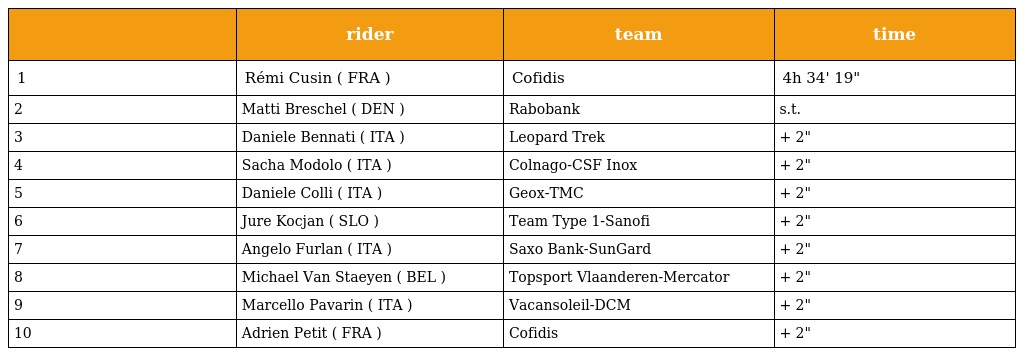
|  | rider | team | time |
 | --- | --- | --- | --- |
 | 1 | Rémi Cusin ( FRA ) | Cofidis | 4h 34' 19" |
 | 2 | Matti Breschel ( DEN ) | Rabobank | s.t. |
 | 3 | Daniele Bennati ( ITA ) | Leopard Trek | + 2" |
 | 4 | Sacha Modolo ( ITA ) | Colnago-CSF Inox | + 2" |
 | 5 | Daniele Colli ( ITA ) | Geox-TMC | + 2" |
 | 6 | Jure Kocjan ( SLO ) | Team Type 1-Sanofi | + 2" |
 | 7 | Angelo Furlan ( ITA ) | Saxo Bank-SunGard | + 2" |
 | 8 | Michael Van Staeyen ( BEL ) | Topsport Vlaanderen-Mercator | + 2" |
 | 9 | Marcello Pavarin ( ITA ) | Vacansoleil-DCM | + 2" |
 | 10 | Adrien Petit ( FRA ) | Cofidis | + 2" |